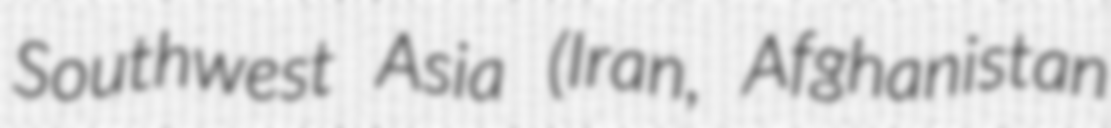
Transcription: Southwest Asia (Iran, Afghanistan